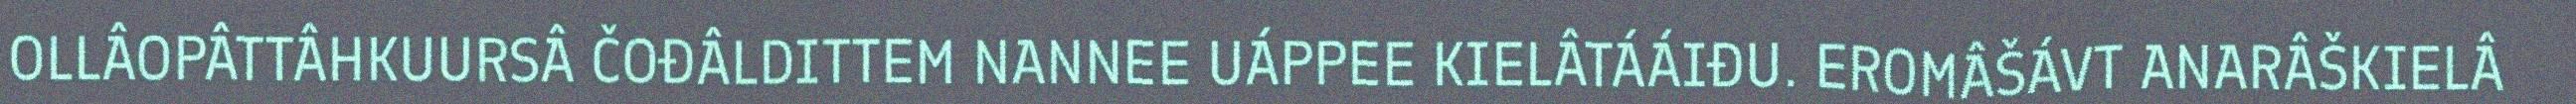
OLLÂOPÂTTÂHKUURSÂ ČOĐÂLDITTEM NANNEE UÁPPEE KIELÂTÁÁIĐU. EROMÂŠÁVT ANARÂŠKIELÂ